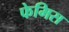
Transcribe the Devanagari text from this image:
फेमिस